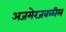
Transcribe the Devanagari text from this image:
अजमेरजवळील